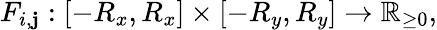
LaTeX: F_{i,\mathbf{j}}:[-R_{x},R_{x}]\times[-R_{y},R_{y}]\rightarrow\mathbb{{R}}_{\ge0},